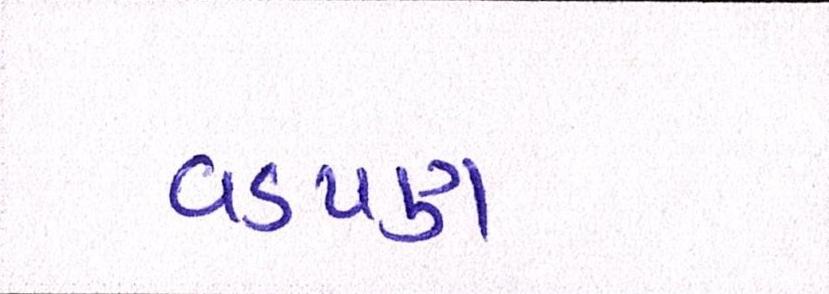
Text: વડપણ